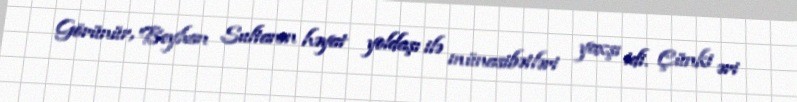
Görünür, Beyhan Sultanın həyat yoldaşı ilə münasibətləri yaxşı idi. Çünki əri